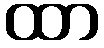
ထာ